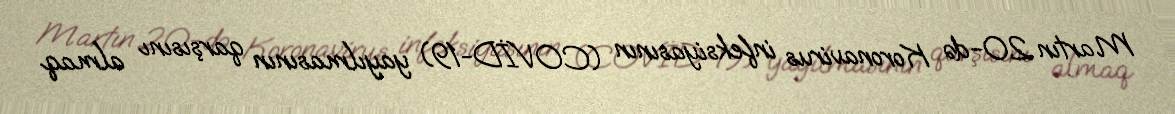
Martın 20-də Koronavirus infeksiyasının (COVİD-19) yayılmasının qarşısını almaq